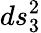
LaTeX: ds_{3}^{2}